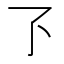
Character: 𬼷